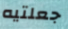
جعلتيه